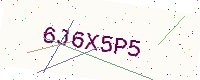
Text: 6J6X5P5